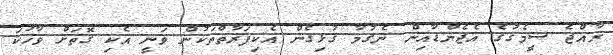
ރާއްޖެ ސީމެގުގެ އެޖެންޑާއިން ނެގުމާ ގުޅިގެން އެކިފަރާތްތަކުން ވަނީ އެކި ގޮތަށް ވާހަކަ